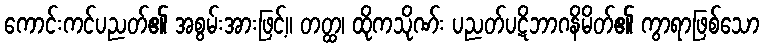
ကောင်းကင်ပညတ်၏ အစွမ်းအားဖြင့်။ တတ္ထ၊ ထိုကသိုဏ်း ပညတ်ပဋိဘာဂနိမိတ်၏ ကွာရာဖြစ်သော